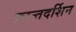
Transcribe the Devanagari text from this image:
क्रान्तदर्शिन